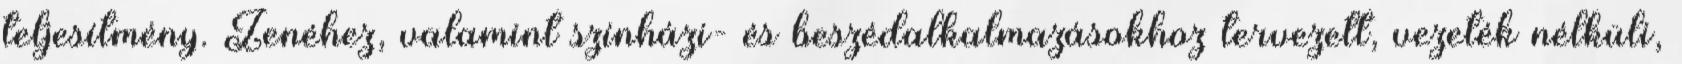
teljesítmény. Zenéhez, valamint színházi- és beszédalkalmazásokhoz tervezett, vezeték nélküli,